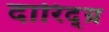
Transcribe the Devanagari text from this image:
दारिद्य्र